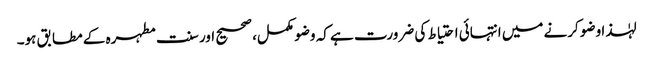
لہٰذا وضو کرنے میں انتہائی احتیاط کی ضرورت ہے کہ وضو مکمل، صحیح اور سنت مطہرہ کے مطابق ہو۔